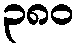
၃၈၀